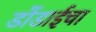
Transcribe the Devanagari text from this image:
डोंडाईचा